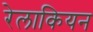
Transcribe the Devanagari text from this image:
रेलाकियन